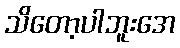
သိတော့ပါဘူးအေ